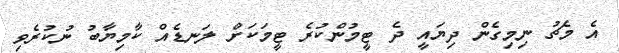
އެ މެޗު ނިމިގެން ދިޔައީ ދެ ޓީމުންކުރެ ޓީމަކަށް ލަނޑެއް ކާމިޔާބު ނުކުރެވި